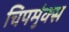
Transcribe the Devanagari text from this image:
चिपमुंक्स